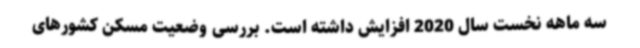
سه ماهه نخست سال 2020 افزایش داشته است. بررسی وضعیت مسکن کشورهای